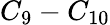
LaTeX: C_{9}-C_{10}